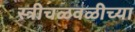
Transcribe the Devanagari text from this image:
स्त्रीचळवळीच्या